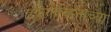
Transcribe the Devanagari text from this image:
हर्झगोव्हिनाच्या